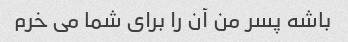
باشه پسر من آن را برای شما می خرم